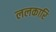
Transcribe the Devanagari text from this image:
ललकारि